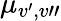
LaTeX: \mu_{v^{\prime},v"}